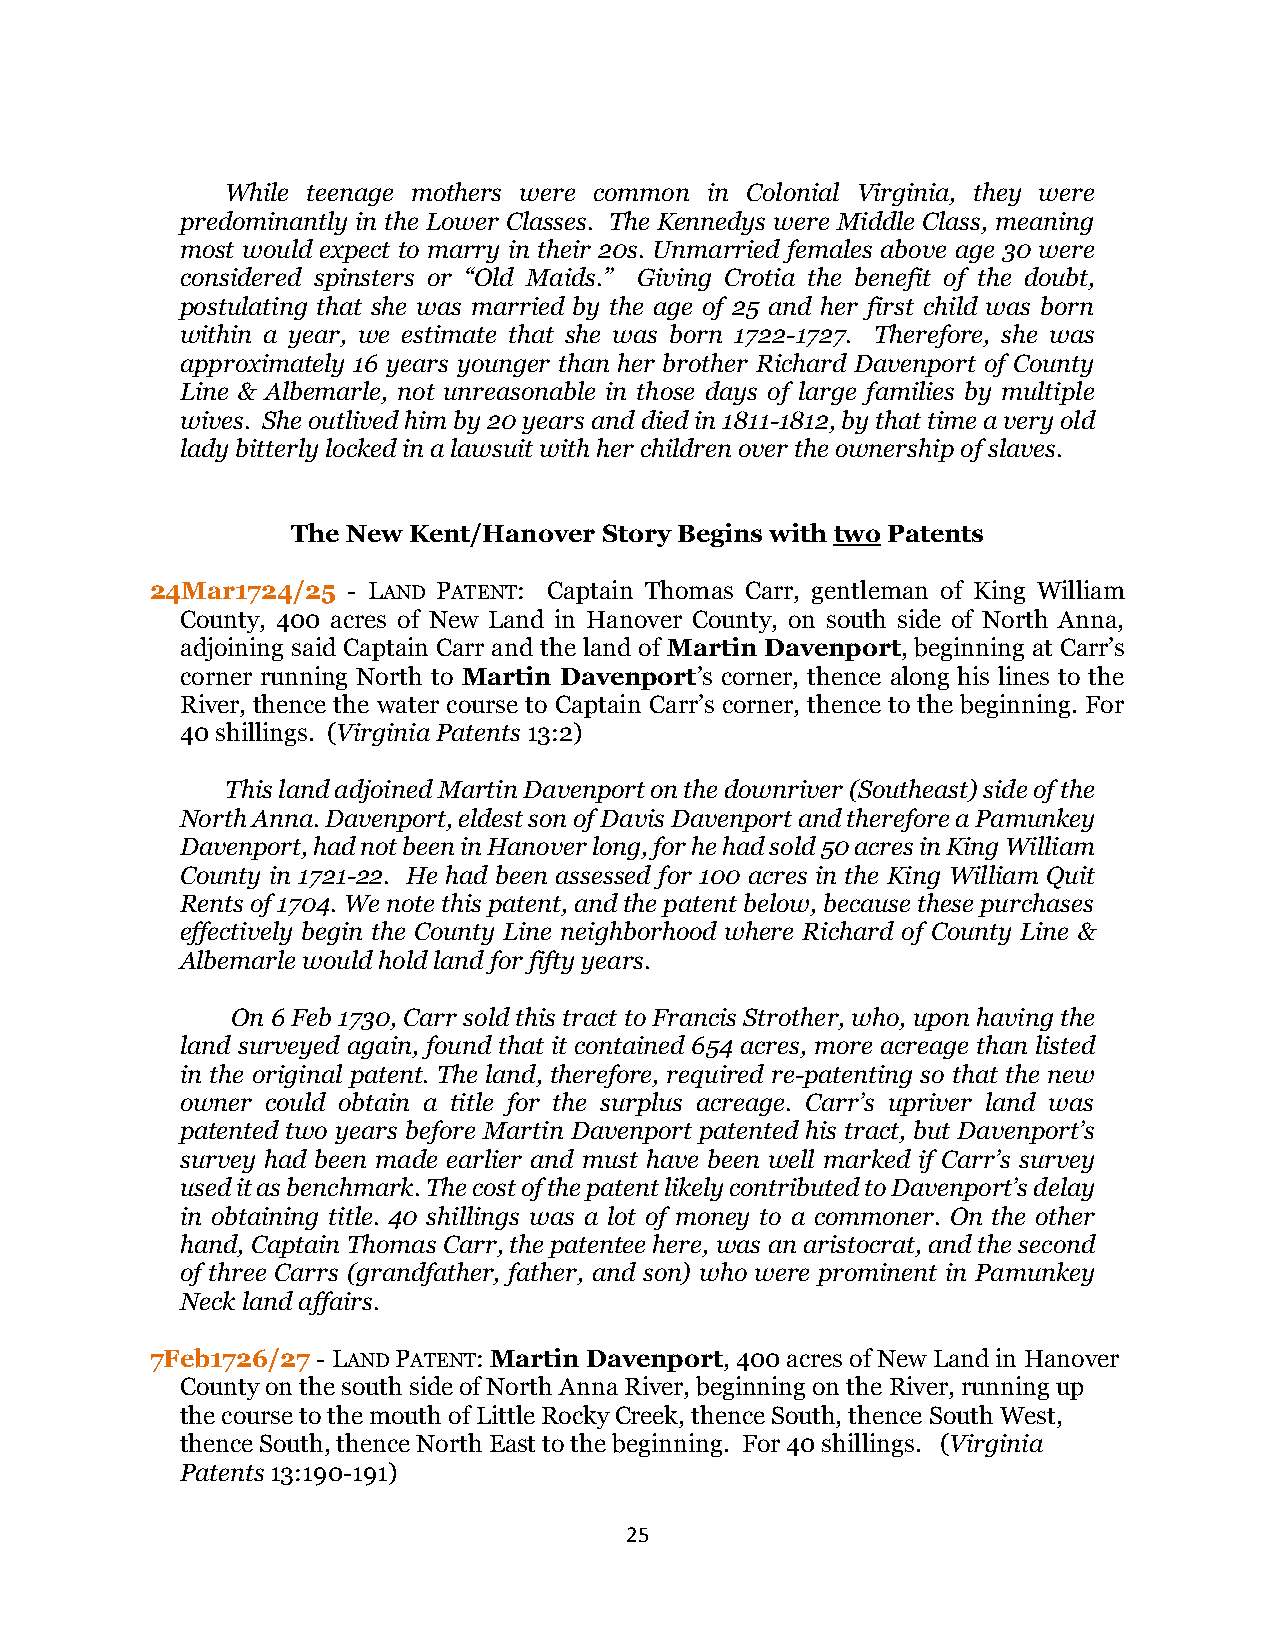
While teenage mothers were common in Colonial Virginia, they were
 predominantly in the Lower Classes. The Kennedys were Middle Class, meaning
 most would expect to marry in their 20s. Unmarried females above age 30 were
 considered spinsters or “Old Maids.” Giving Crotia the benefit of the doubt,
 postulating that she was married by the age of 25 and her first child was born
 within a year, we estimate that she was born 1722-1727. Therefore, she was
 approximately 16 years younger than her brother Richard Davenport of County
 Line & Albemarle, not unreasonable in those days of large families by multiple
 wives. She outlived him by 20 years and died in 1811-1812, by that time a very old
 lady bitterly locked in a lawsuit with her children over the ownership of slaves.
 The New Kent/Hanover Story Begins with two Patents
 24Mar1724/25 - LAND PATENT: Captain Thomas Carr, gentleman of King William
 County, 400 acres of New Land in Hanover County, on south side of North Anna,
 adjoining said Captain Carr and the land of Martin Davenport, beginning at Carr’s
 corner running North to Martin Davenport’s corner, thence along his lines to the
 River, thence the water course to Captain Carr’s corner, thence to the beginning. For
 40 shillings. (Virginia Patents 13:2)
 This land adjoined Martin Davenport on the downriver (Southeast) side of the
 North Anna. Davenport, eldest son of Davis Davenport and therefore a Pamunkey
 Davenport, had not been in Hanover long, for he had sold 50 acres in King William
 County in 1721-22. He had been assessed for 100 acres in the King William Quit
 Rents of 1704. We note this patent, and the patent below, because these purchases
 effectively begin the County Line neighborhood where Richard of County Line &
 Albemarle would hold land for fifty years.
 On 6 Feb 1730, Carr sold this tract to Francis Strother, who, upon having the
 land surveyed again, found that it contained 654 acres, more acreage than listed
 in the original patent. The land, therefore, required re-patenting so that the new
 owner could obtain a title for the surplus acreage. Carr’s upriver land was
 patented two years before Martin Davenport patented his tract, but Davenport’s
 survey had been made earlier and must have been well marked if Carr’s survey
 used it as benchmark. The cost of the patent likely contributed to Davenport’s delay
 in obtaining title. 40 shillings was a lot of money to a commoner. On the other
 hand, Captain Thomas Carr, the patentee here, was an aristocrat, and the second
 of three Carrs (grandfather, father, and son) who were prominent in Pamunkey
 Neck land affairs.
 7Feb1726/27 - LAND PATENT: Martin Davenport, 400 acres of New Land in Hanover
 County on the south side of North Anna River, beginning on the River, running up
 the course to the mouth of Little Rocky Creek, thence South, thence South West,
 thence South, thence North East to the beginning. For 40 shillings. (Virginia
 Patents 13:190-191)
 25